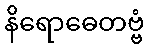
နိရောဓေတဗ္ဗံ